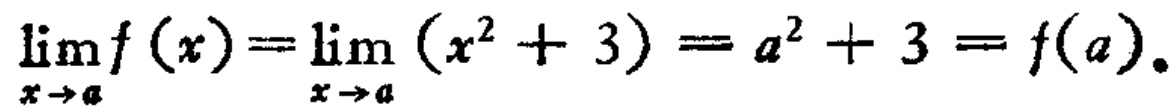
\(\lim_{x \to a}f(x)=\lim_{x \to a}(x^{2}+3)=a^{2}+3 = f(a).\)